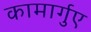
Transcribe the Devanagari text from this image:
कामार्गुए